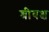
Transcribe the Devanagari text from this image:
श्रीवक्ष